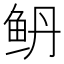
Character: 鿕